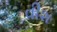
વીશ